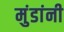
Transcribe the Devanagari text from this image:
मुंडांनी